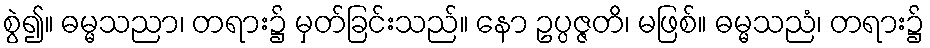
စွဲ၍။ ဓမ္မသညာ၊ တရား၌ မှတ်ခြင်းသည်။ နော ဥပ္ပဇ္ဇတိ၊ မဖြစ်။ ဓမ္မသညံ၊ တရား၌